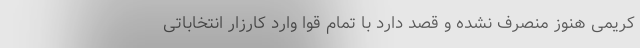
کریمی هنوز منصرف نشده و قصد دارد با تمام قوا وارد کارزار انتخاباتی